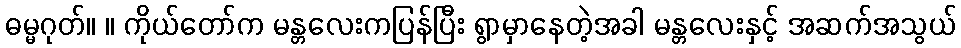
ဓမ္မဂုတ်။ ။ ကိုယ်တော်က မန္တလေးကပြန်ပြီး ရွာမှာနေတဲ့အခါ မန္တလေးနှင့် အဆက်အသွယ်